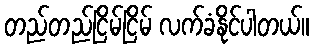
တည်တည်ငြိမ်ငြိမ် လက်ခံနိုင်ပါတယ်။